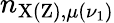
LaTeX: n_{\mathrm{X(Z),}\mu(\nu_{1})}